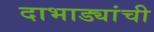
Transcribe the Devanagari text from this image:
दाभाड्यांची